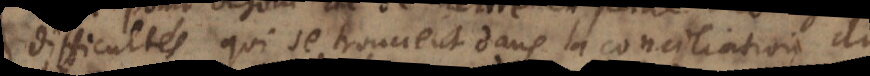
difficultés qui se trouvent dans la conciliation du